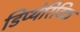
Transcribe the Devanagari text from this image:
डिप्थेरिटिक